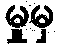
မှုမှ